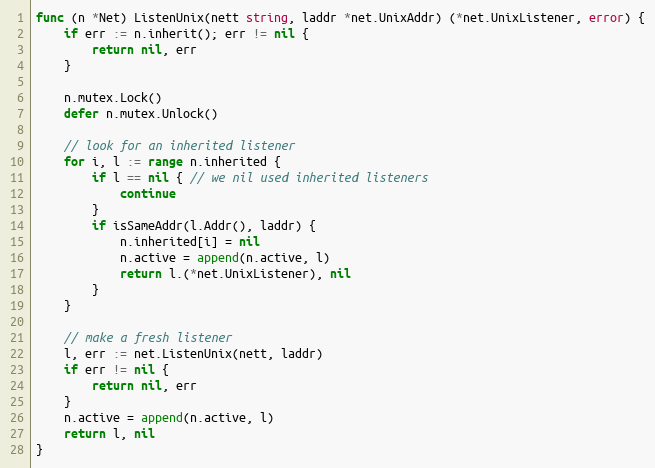
Language: Go
func (n *Net) ListenUnix(nett string, laddr *net.UnixAddr) (*net.UnixListener, error) {
	if err := n.inherit(); err != nil {
		return nil, err
	}

	n.mutex.Lock()
	defer n.mutex.Unlock()

	// look for an inherited listener
	for i, l := range n.inherited {
		if l == nil { // we nil used inherited listeners
			continue
		}
		if isSameAddr(l.Addr(), laddr) {
			n.inherited[i] = nil
			n.active = append(n.active, l)
			return l.(*net.UnixListener), nil
		}
	}

	// make a fresh listener
	l, err := net.ListenUnix(nett, laddr)
	if err != nil {
		return nil, err
	}
	n.active = append(n.active, l)
	return l, nil
}